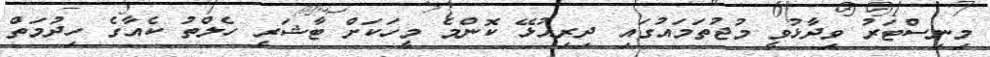
މިނިސްޓަރު ވިދާޅުވީ މުޖުތަމައުގައި ދިރިއުޅޭ ކޮންމެ މީހަކަށް ޓާޝަރީ ހެލްތު ކެއާގެ ހިދުމަތް